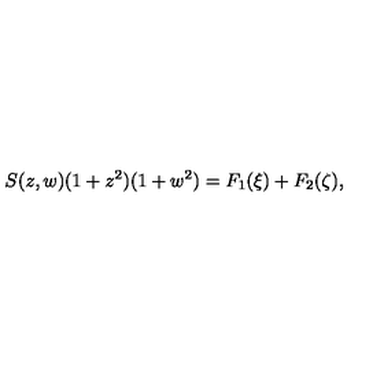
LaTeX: S ( z , w ) ( 1 + z ^ { 2 } ) ( 1 + w ^ { 2 } ) = F _ { 1 } ( \xi ) + F _ { 2 } ( \zeta ) ,